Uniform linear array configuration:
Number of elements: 4
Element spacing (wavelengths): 0.5
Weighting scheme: cosine
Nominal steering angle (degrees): -30
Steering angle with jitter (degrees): -28.702
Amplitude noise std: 0.05
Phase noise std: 0.05

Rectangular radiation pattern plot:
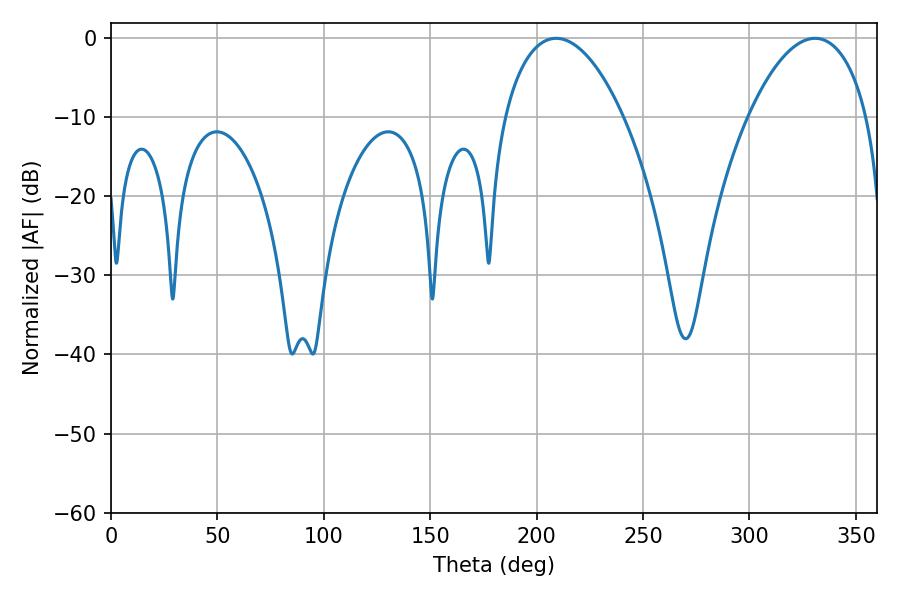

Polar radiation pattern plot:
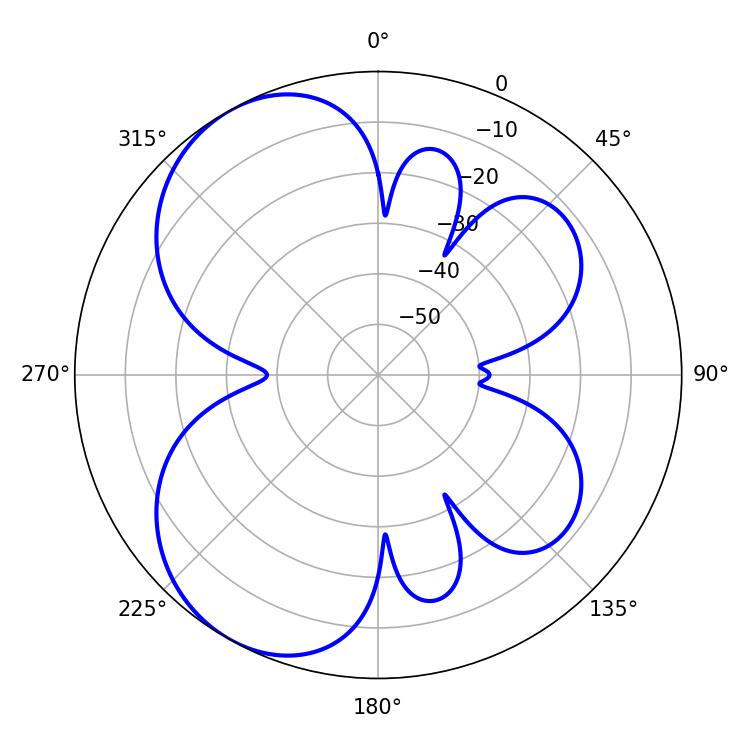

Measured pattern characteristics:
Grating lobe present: FALSE
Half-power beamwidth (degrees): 31.5
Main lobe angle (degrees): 330.84